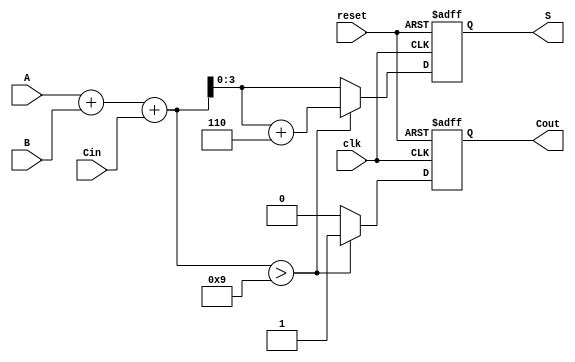
module BCD_Sequential_Adder (
    input wire clk,          // Clock input
    input wire reset,        // Reset input
    input wire [3:0] A,      // First BCD digit
    input wire [3:0] B,      // Second BCD digit
    input wire Cin,          // Carry-in
    output reg [3:0] S,      // BCD result
    output reg Cout          // Carry-out
);

    reg [4:0] sum;           // 5-bit sum to accommodate carry

    always @(posedge clk or posedge reset) begin
        if (reset) begin
            S <= 4'b0000;    // Reset BCD result
            Cout <= 1'b0;    // Reset carry-out
        end else begin
            // Calculate the initial sum
            sum = A + B + Cin;

            // Check if adjustment is needed
            if (sum > 9) begin
                sum = sum + 5'd6; // Add 6 to adjust for BCD
                Cout <= 1'b1;      // Set carry-out
            end else begin
                Cout <= 1'b0;      // No carry-out
            end

            // Assign the BCD result
            S <= sum[3:0]; // Take the lower 4 bits as the result
        end
    end

endmodule